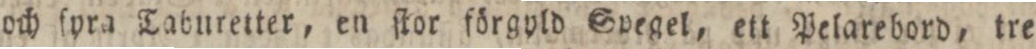
och ſyra Taburetter, en ſtor förgyld Spegel, ett pelarebord, tre